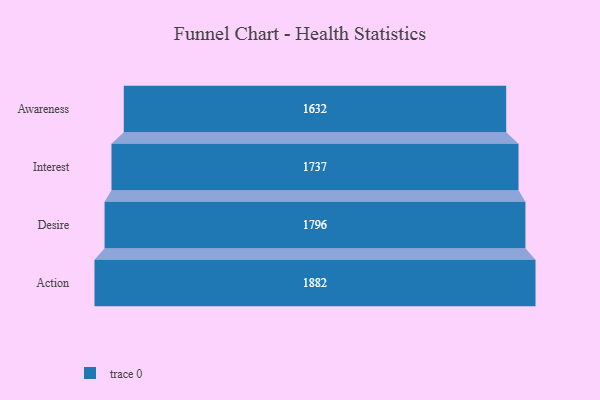
{"axis": {"x": "Stage", "y": "Value"}, "legend": [""], "data": [{"x": "Awareness", "y": 1632.0, "type": ""}, {"x": "Interest", "y": 1737.0, "type": ""}, {"x": "Desire", "y": 1796.0, "type": ""}, {"x": "Action", "y": 1882.0, "type": ""}]}